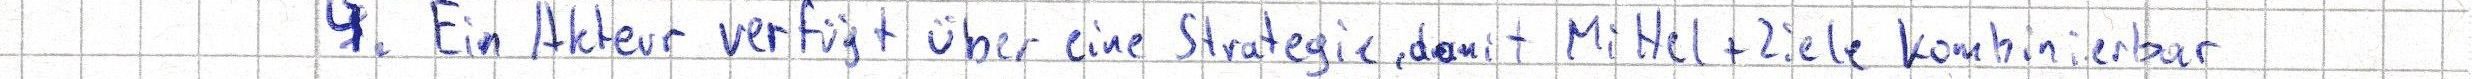
4. Ein Akteur verfügt über eine Strategie, damit Mittel + Ziele kombinierbar